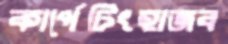
কার্পেটিংহাজব